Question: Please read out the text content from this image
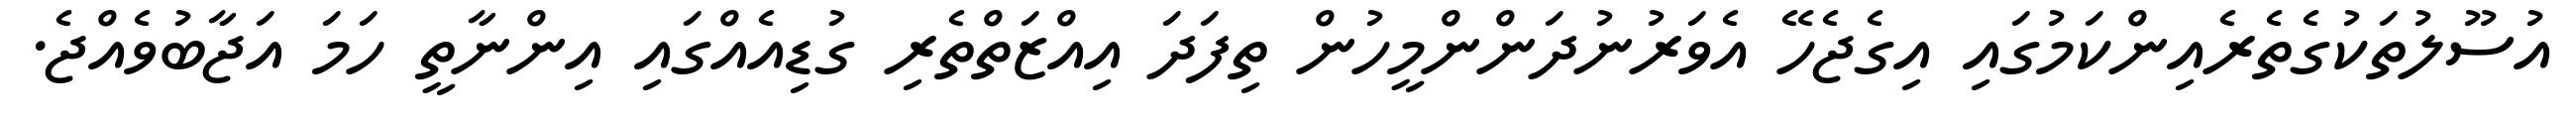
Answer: އުސޫލުތަކުގެތެރެއިންކަމުގައި އިގެޖެހޭ އެވަރުނުދަންންމީހުން ތިފަދަ އިއްޒަތްތެރި ގުޑިއެއްގައި އިންނާތީ ހަމަ އަޖާބުވެއްޖެ.